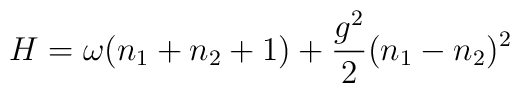
H = \omega(n_{1} + n_{2} +1) + \frac{g^{2}}{2}(n_{1} - n_{2})^{2}